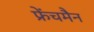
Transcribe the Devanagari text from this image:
फ्रेंचमैन